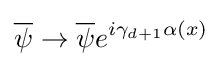
{\overline {\psi }}\to {\overline {\psi }}e^{i\gamma _{d+1}\alpha (x)}